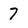
Character: 7